First report of the anti-malarial operations at Mian Mir, 1901-1903 - Number 6
Year: 1901
Disease focus: Malaria
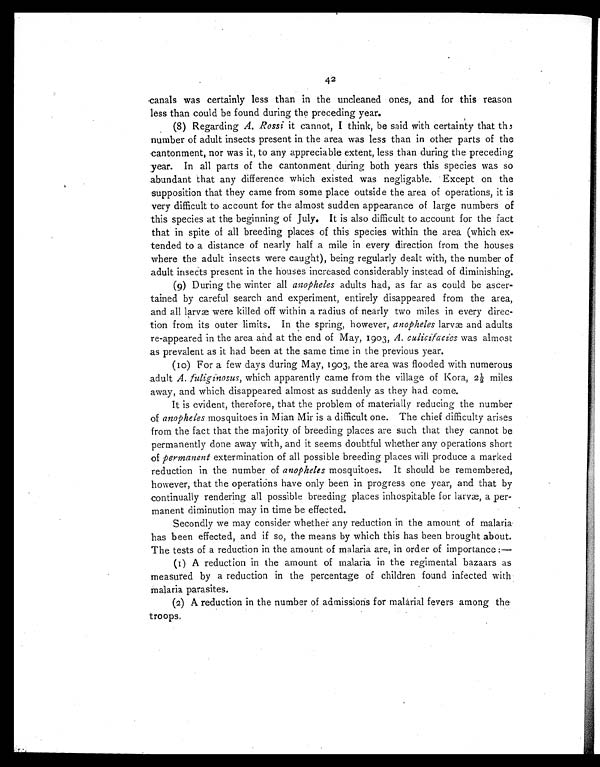
42
canals was certainly less than in the uncleaned ones, and for this reason
less than could be found during the preceding year.
(8) Regarding A. Rossi it cannot, I think, be said with certainty that the
number of adult insects present in the area was less than in other parts of the
cantonment, nor was it, to any appreciable extent, less than during the preceding
year. In all parts of the cantonment during both years this species was so
abundant that any difference which existed was negligable. Except on the
supposition that they came from some place outside the area of operations, it is
very difficult to account for the almost sudden appearance of large numbers of
this species at the beginning of July. It is also difficult to account for the fact
that in spite of all breeding places of this species within the area (which ex-
tended to a distance of nearly half a mile in every direction from the houses
where the adult insects were caught), being regularly dealt with, the number of
adult insects present in the houses increased considerably instead of diminishing.
(9) During the winter all anopheles adults had, as far as could be ascer-
tained by careful search and experiment, entirely disappeared from the area,
and all larvæ were killed off within a radius of nearly two miles in every direc-
tion from its outer limits. In the spring, however, anopheles larvæ and adults
re-appeared in the area and at the end of May, 1903, A. culicifacies was almost
as prevalent as it had been at the same time in the previous year.
(10) For a few days during May, 1903, the area was flooded with numerous
adult A. fuliginosus, which apparently came from the village of Kora, 2½ miles
away, and which disappeared almost as suddenly as they had come.
It is evident, therefore, that the problem of materially reducing the number
of anopheles mosquitoes in Mian Mir is a difficult one. The chief difficulty arises
from the fact that the majority of breeding places are such that they cannot be
permanently done away with, and it seems doubtful whether any operations short
of permanent extermination of all possible breeding places will produce a marked
reduction in the number of anopheles mosquitoes. It should be remembered,
however, that the operations have only been in progress one year, and that by
continually rendering all possible breeding places inhospitable for larvæ, a per-
manent diminution may in time be effected.
Secondly we may consider whether any reduction in the amount of malaria
has been effected, and if so, the means by which this has been brought about.
The tests of a reduction in the amount of malaria are, in order of importance :—
(1) A reduction in the amount of malaria in the regimental bazaars as
measured by a reduction in the percentage of children found infected with
malaria parasites.
(2) A reduction in the number of admissions for malarial fevers among the
troops.